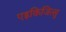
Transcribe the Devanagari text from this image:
एइकिजित्सु